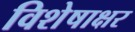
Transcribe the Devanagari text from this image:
विशेषाक्षर